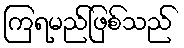
ကြရမည်ဖြစ်သည်